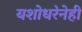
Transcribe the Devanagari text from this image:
यशोधरेनेही